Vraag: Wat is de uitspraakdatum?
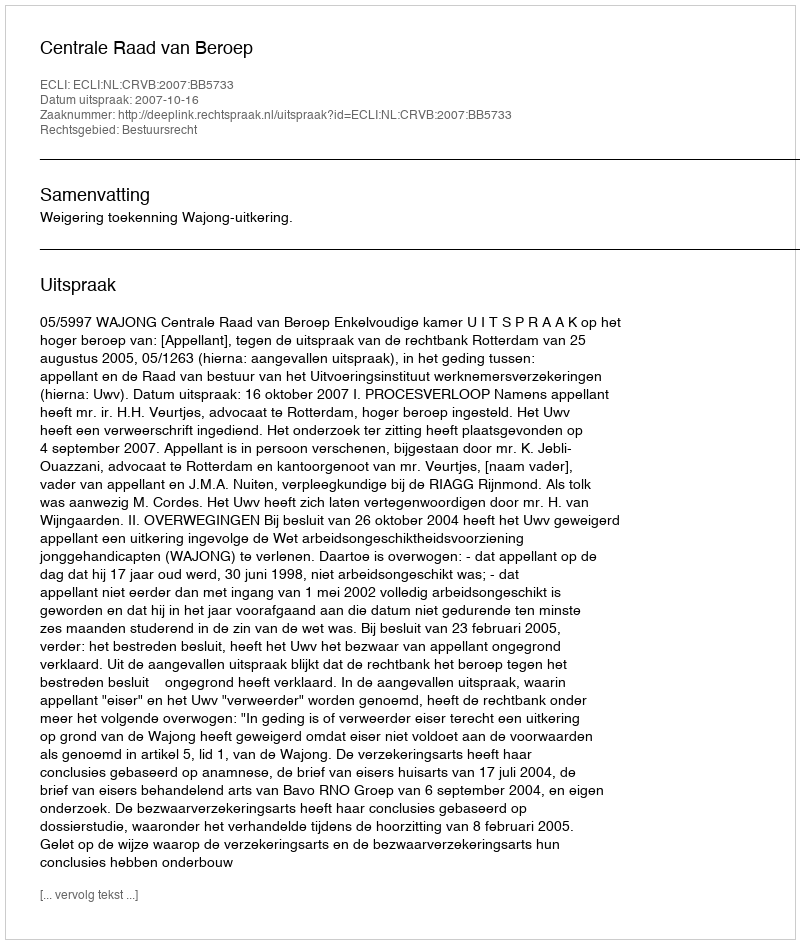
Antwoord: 2007-10-16